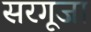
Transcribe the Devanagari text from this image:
सरगूजा